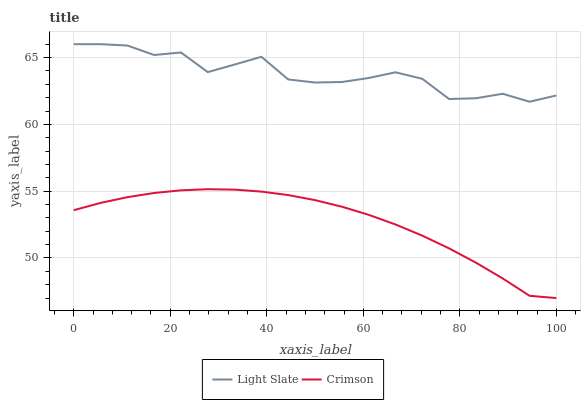
| xaxis_label | Light Slate | Crimson |
 | --- | --- | --- |
 | 0 | 66 | 53.6 |
 | 5.56 | 66 | 54.1 |
 | 11.1 | 65.9 | 54.6 |
 | 16.7 | 65.2 | 54.9 |
 | 22.2 | 65.4 | 55.1 |
 | 27.8 | 63.9 | 55.1 |
 | 33.3 | 64.5 | 55.1 |
 | 38.9 | 65.1 | 55 |
 | 44.4 | 63.4 | 54.7 |
 | 50 | 63.1 | 54.3 |
 | 55.6 | 63.2 | 53.8 |
 | 61.1 | 63.5 | 53.2 |
 | 66.7 | 63.9 | 52.5 |
 | 72.2 | 63.4 | 51.7 |
 | 77.8 | 61.9 | 50.7 |
 | 83.3 | 62 | 49.7 |
 | 88.9 | 62.3 | 48.5 |
 | 94.4 | 61.7 | 47.2 |
 | 100 | 62.2 | 47 |